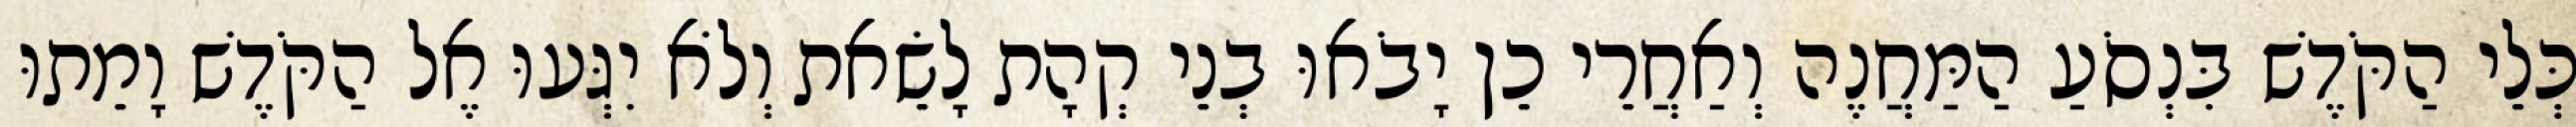
כְּלֵי הַקֹּדֶשׁ בִּנְסֹעַ הַמַּחֲנֶה וְאַחֲרֵי כֵן יָבֹאוּ בְנֵי קְהָת לָשֵׂאת וְלֹא יִגְּעוּ אֶל הַקֹּדֶשׁ וָמֵתוּ